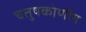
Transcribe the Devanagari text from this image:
चतुषकोणीय